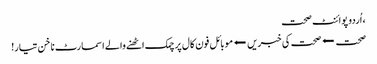
، اُردو پوائنٹ صحت
صحت ⬅صحت کی خبریں⬅موبائل فون کال پر چمک اٹھنے والے اسمارٹ ناخن تیار!